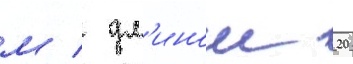
м / дл'инои 20